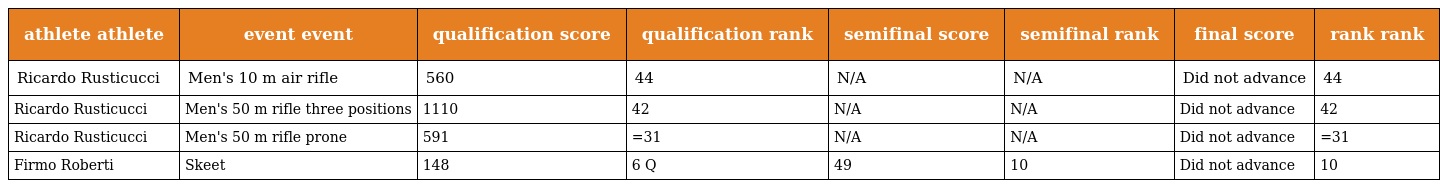
| athlete athlete | event event | qualification score | qualification rank | semifinal score | semifinal rank | final score | rank rank |
 | --- | --- | --- | --- | --- | --- | --- | --- |
 | Ricardo Rusticucci | Men's 10 m air rifle | 560 | 44 | N/A | N/A | Did not advance | 44 |
 | Ricardo Rusticucci | Men's 50 m rifle three positions | 1110 | 42 | N/A | N/A | Did not advance | 42 |
 | Ricardo Rusticucci | Men's 50 m rifle prone | 591 | =31 | N/A | N/A | Did not advance | =31 |
 | Firmo Roberti | Skeet | 148 | 6 Q | 49 | 10 | Did not advance | 10 |